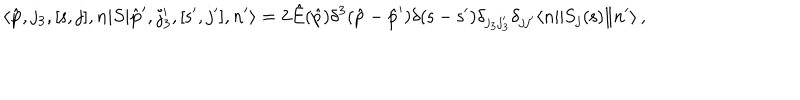
\langle \hat { \bf p } , j _ { 3 } , [ { \mathsf s } , j ] , n | S | \hat { \bf p } ^ { \prime } , j _ { 3 } ^ { \prime } , [ { \mathsf s } ^ { \prime } , j ^ { \prime } ] , n ^ { \prime } \rangle = 2 \hat { E } ( \hat { p } ) \delta ^ { 3 } ( \hat { p } - \hat { p } ^ { \prime } ) \delta ( { \mathsf s } - { \mathsf s } ^ { \prime } ) \delta _ { j _ { 3 } j _ { 3 } ^ { \prime } } \delta _ { j j ^ { \prime } } \langle n \| S _ { j } ( { \mathsf s } ) \| n ^ { \prime } \rangle \, ,